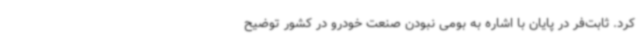
کرد. ثابت‌فر در پایان با اشاره به بومی نبودن صنعت خودرو در کشور توضیح